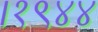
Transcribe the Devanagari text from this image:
।१९४४